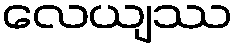
လေယျဿ